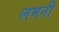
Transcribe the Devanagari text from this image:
लमनी